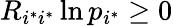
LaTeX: R_{i^{*}i^{*}}\ln p_{i^{*}}\geq 0